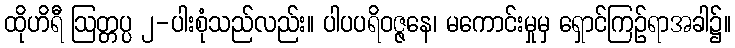
ထိုဟိရီ ဩတ္တပ္ပ ၂-ပါးစုံသည်လည်း။ ပါပပရိဝဇ္ဇနေ၊ မကောင်းမှုမှ ရှောင်ကြဉ်ရာအခါ၌။